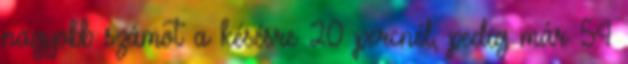
nagyobb számot a késésre 20 percnél, pedig már 54